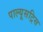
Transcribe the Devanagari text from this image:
पाल्यूसट्रिस